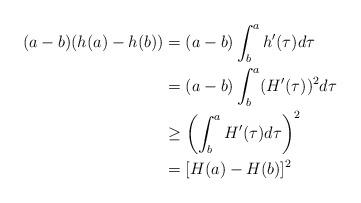
LaTeX: \begin{align*}(a-b)(h(a)-h(b))&=(a-b)\int_{b}^{a}h'(\tau)d\tau\\&=(a-b)\int_{b}^{a}(H'(\tau))^2d\tau\\&\geq\left(\int_{b}^{a}H'(\tau)d\tau\right)^2 ~\\&=[H(a)-H(b)]^2\end{align*}